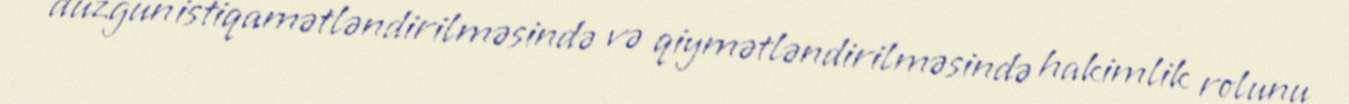
düzgün istiqamətləndirilməsində və qiymətləndirilməsində hakimlik rolunu